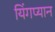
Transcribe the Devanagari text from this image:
यिंगप्यान